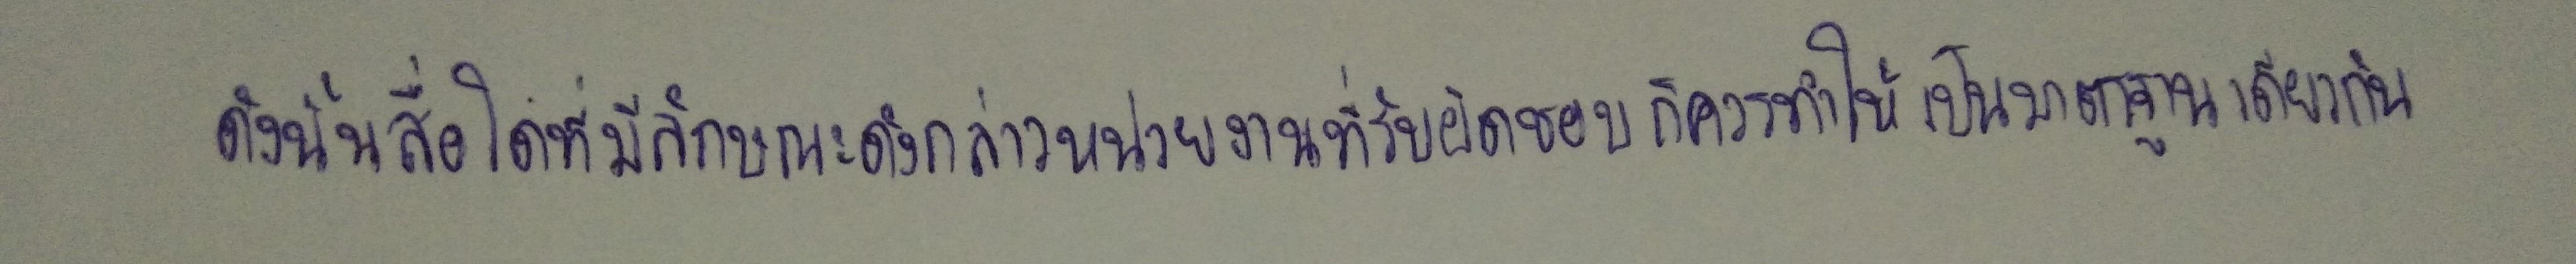
ดังนั้นสื่อใดที่มีลักษณะดังกล่าวหน่วยงานที่รับผิดชอบก็ควรทำให้เป็นมาตรฐานเดียวกัน